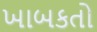
ખાબકતો